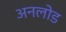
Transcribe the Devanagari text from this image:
अनलोड